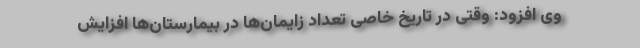
وی افزود: وقتی در تاریخ خاصی تعداد زایمان‌ها در بیمارستان‌ها افزایش